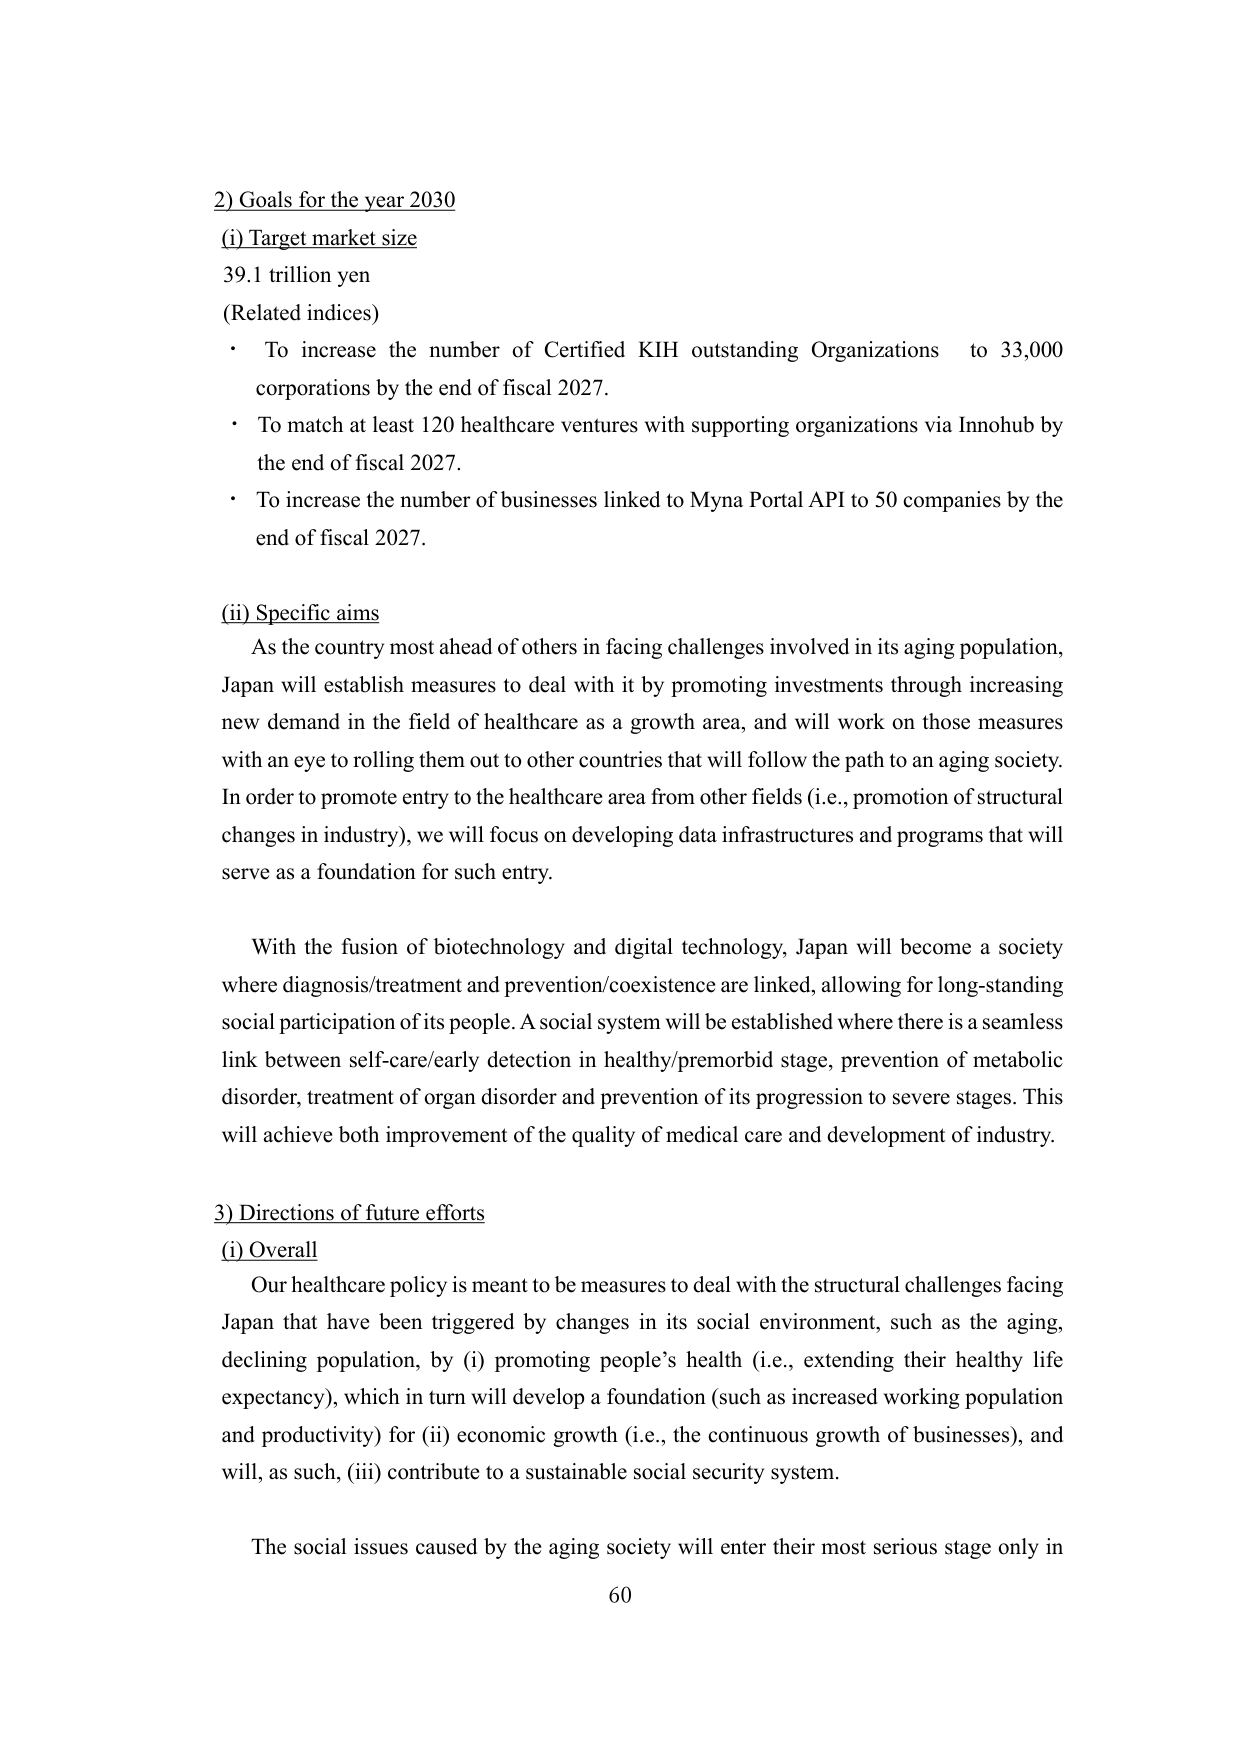
2) Goals for the year 2030
(i) Target market size
39.1 trillion yen
(Related indices)
• To increase the number of Certified KIH outstanding Organizations to 33,000 corporations by the end of fiscal 2027.
• To match at least 120 healthcare ventures with supporting organizations via Innohub by the end of fiscal 2027.
• To increase the number of businesses linked to Myna Portal API to 50 companies by the end of fiscal 2027.

(ii) Specific aims
As the country most ahead of others in facing challenges involved in its aging population, Japan will establish measures to deal with it by promoting investments through increasing new demand in the field of healthcare as a growth area, and will work on those measures with an eye to rolling them out to other countries that will follow the path to an aging society. In order to promote entry to the healthcare area from other fields (i.e., promotion of structural changes in industry), we will focus on developing data infrastructures and programs that will serve as a foundation for such entry.

With the fusion of biotechnology and digital technology, Japan will become a society where diagnosis/treatment and prevention/coexistence are linked, allowing for long-standing social participation of its people. A social system will be established where there is a seamless link between self-care/early detection in healthy/premorbid stage, prevention of metabolic disorder, treatment of organ disorder and prevention of its progression to severe stages. This will achieve both improvement of the quality of medical care and development of industry.

3) Directions of future efforts
(i) Overall
Our healthcare policy is meant to be measures to deal with the structural challenges facing Japan that have been triggered by changes in its social environment, such as the aging, declining population, by (i) promoting people’s health (i.e., extending their healthy life expectancy), which in turn will develop a foundation (such as increased working population and productivity) for (ii) economic growth (i.e., the continuous growth of businesses), and will, as such, (iii) contribute to a sustainable social security system.

The social issues caused by the aging society will enter their most serious stage only in
60